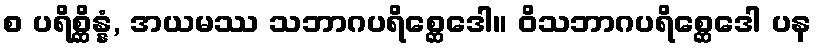
စ ပရိစ္ဆိန္နံ, အယမဿ သဘာဂပရိစ္ဆေဒေါ။ ဝိသဘာဂပရိစ္ဆေဒေါ ပန